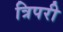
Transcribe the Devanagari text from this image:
त्रिपरी